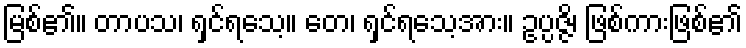
မြစ်၏။ တာပသ၊ ရှင်ရသေ့။ တေ၊ ရှင်ရသေ့အား။ ဥပ္ပဇ္ဇိ၊ ဖြစ်ကားဖြစ်၏